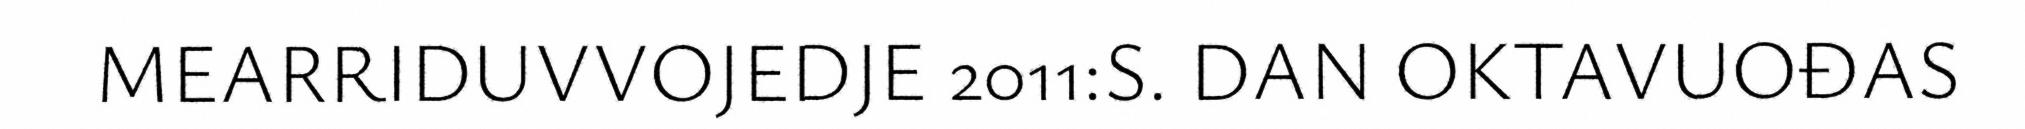
MEARRIDUVVOJEDJE 2011:S. DAN OKTAVUOĐAS